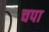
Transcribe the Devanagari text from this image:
चपा